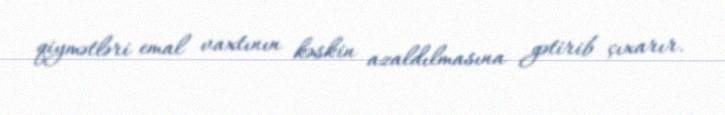
qiymətləri emal vaxtının kəskin azaldılmasına gətirib çıxarır.